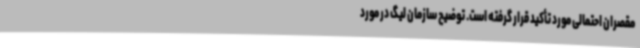
مقصران احتمالی مورد تأکید قرار گرفته است. توضیح سازمان لیگ در مورد